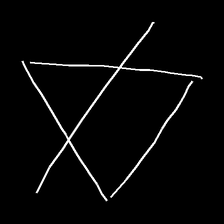
Glyph: empower